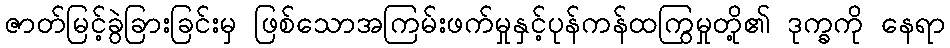
ဇာတ်မြင့်ခွဲခြားခြင်းမှ ဖြစ်သောအကြမ်းဖက်မှုနှင့်ပုန်ကန်ထကြွမှုတို့၏ ဒုက္ခကို နေရာ